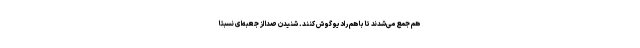
هم جمع می‌شدند تا با هم رادیو گوش کنند. شنیدن صدا از جعبه‌ای نسبتا